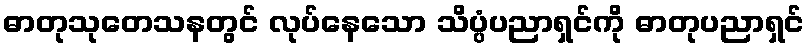
ဓာတုသုတေသနတွင် လုပ်နေသော သိပ္ပံပညာရှင်ကို ဓာတုပညာရှင်